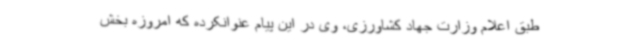
طبق اعلام وزارت جهاد کشاورزی، وی در این پیام عنوانکرده که امروزه بخش